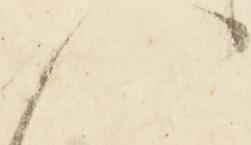
せ